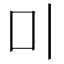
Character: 𠮝